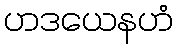
ဟဒယေနဟံ